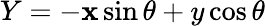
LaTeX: Y=-\mathbf{x}\sin\theta+y\cos\theta